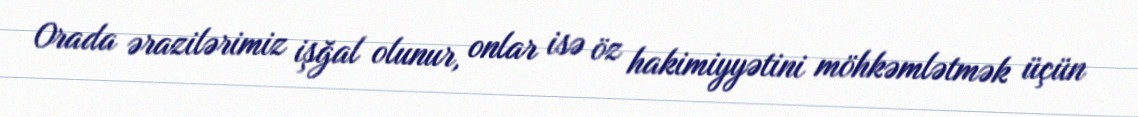
Orada ərazilərimiz işğal olunur, onlar isə öz hakimiyyətini möhkəmlətmək üçün